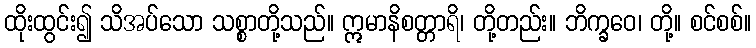
ထိုးထွင်း၍ သိအပ်သော သစ္စာတို့သည်။ ဣမာနိစတ္တာရိ၊ တို့တည်း။ ဘိက္ခဝေ၊ တို့။ စင်စစ်။